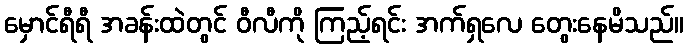
မှောင်ရီရီ အခန်းထဲတွင် ဝီလီကို ကြည့်ရင်း အက်ရှလေ တွေးနေမိသည်။